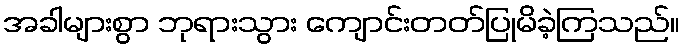
အခါများစွာ ဘုရားသွား ကျောင်းတတ်ပြုမိခဲ့ကြသည်။